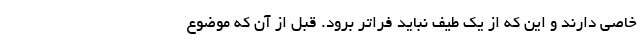
خاصی دارند و این که از یک طیف نباید فراتر برود. قبل از آن که موضوع